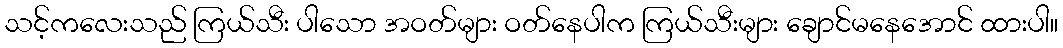
သင့်ကလေးသည် ကြယ်သီး ပါသော အဝတ်များ ဝတ်နေပါက ကြယ်သီးများ ချောင်မနေအောင် ထားပါ။